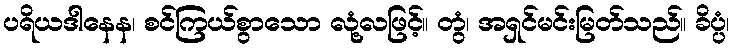
ပရိယဒါနေန၊ စင်ကြယ်စွာသော လုံ့လဖြင့်။ တွံ၊ အရှင်မင်းမြတ်သည်။ ခိပ္ပံ၊